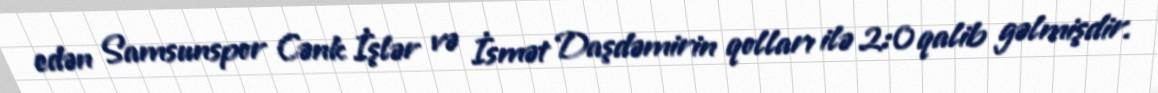
edən Samsunspor Cənk İşlər və İsmət Daşdəmirin qolları ilə 2:0 qalib gəlmişdir.